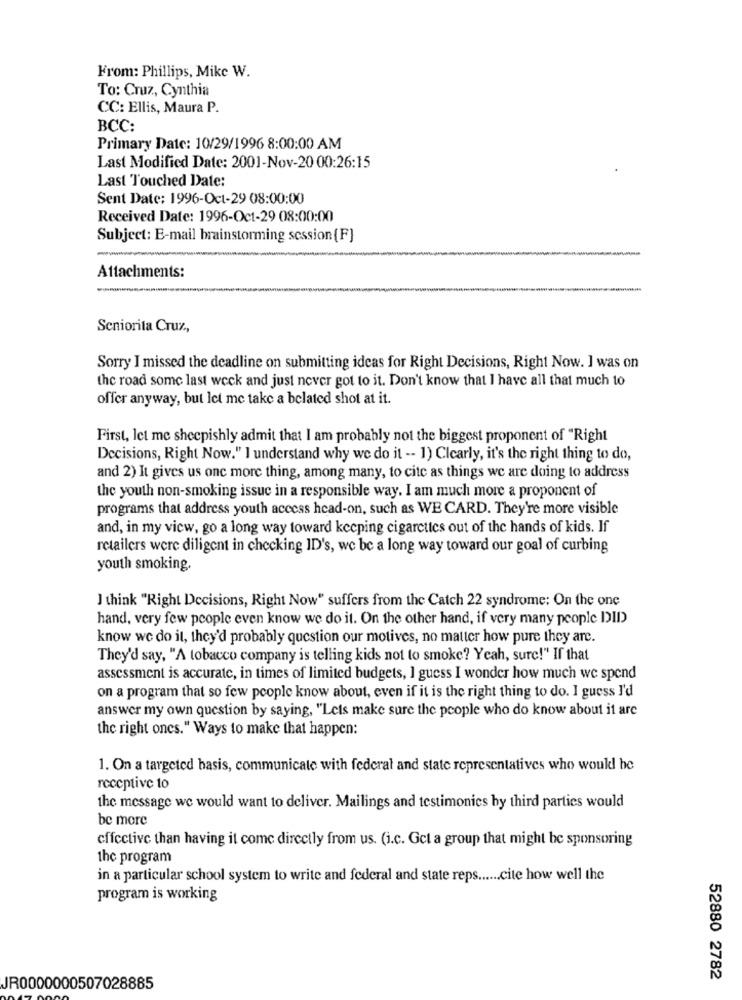
From: Phillips, Mike W.
To: Cruz, Cynthia
CC: Ellis, Maura P.
BCC:
Primary Date: 10/29/1996 8:00:00 AM
Last Modified Date: 2001-Nov-20 00:26:15
Last Touched Date:
Sent Date: 1996-Oct-29 08:00:00
Received Date: 1996-Oct-29 08:00:00
Subject: E-mail brainstorming session {F}
Attachments:
Seniorita Cruz,
Sorry I missed the deadline on submitting ideas for Right Decisions, Right Now. I was on
the road some last week and just never got to it. Don't know that I have all that much to
offer anyway, but let me take a belated shot at it.
First, let me sheepishly admit that I am probably not the biggest proponent of "Right
Decisions, Right Now." I understand why we do it -- 1) Clearly, it's the right thing to do,
and 2) It gives us one more thing, among many, to cite as things we are doing to address
the youth non-smoking issue in a responsible way. I am much more a proponent of
programs that address youth access head-on, such as WE CARD. They're more visible
and, in my view, go a long way toward keeping cigarettes out of the hands of kids. If
retailers were diligent in checking ID's, we be a long way toward our goal of curbing
youth smoking.
J think "Right Decisions, Right Now" suffers from the Catch 22 syndrome: On the one
hand, very few people even know we do it. On the other hand, if very many people DID
know we do it, they'd probably question our motives, no matter how pure they are.
They'd say, "A tobacco company is telling kids not to smoke? Yeah, sure!" If that
assessment is accurate, in times of limited budgets, I guess I wonder how much we spend
on a program that so few people know about, even if it is the right thing to do. I guess I'd
answer my own question by saying, "Lets make sure the people who do know about it are
the right ones." Ways to make that happen:
1. On a targeted basis, communicate with federal and state representatives who would be
receptive to
the message we would want to deliver. Mailings and testimonies by third parties would
be more
effective than having it come directly from us. (i.c. Get a group that might be sponsoring
the program
in a particular school system to write and federal and state reps ...... cite how well the
program is working
52880 2782
JR0000000507028885